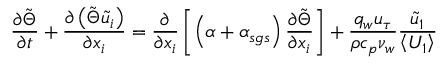
\frac { \partial \tilde { \Theta } } { \partial t } + \frac { \partial \left( \tilde { \Theta } \tilde { u } _ { i } \right) } { \partial x _ { i } } = \frac { \partial } { \partial x _ { i } } \left[ \left( \alpha + \alpha _ { s g s } \right) \frac { \partial \tilde { \Theta } } { \partial x _ { i } } \right] + \frac { q _ { w } u _ { \tau } } { \rho c _ { p } \nu _ { w } } \frac { \tilde { u } _ { 1 } } { \left< U _ { 1 } \right> }